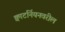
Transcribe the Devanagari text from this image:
क्वाटर्नियनवरील